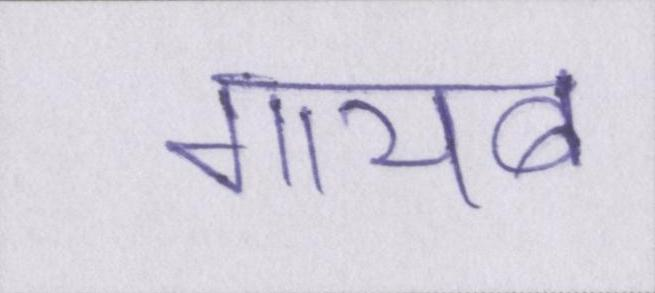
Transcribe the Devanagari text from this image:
गायब